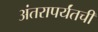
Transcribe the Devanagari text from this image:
अंतरापर्यंतची